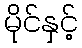
မိုင်နှင့်